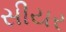
સીયર